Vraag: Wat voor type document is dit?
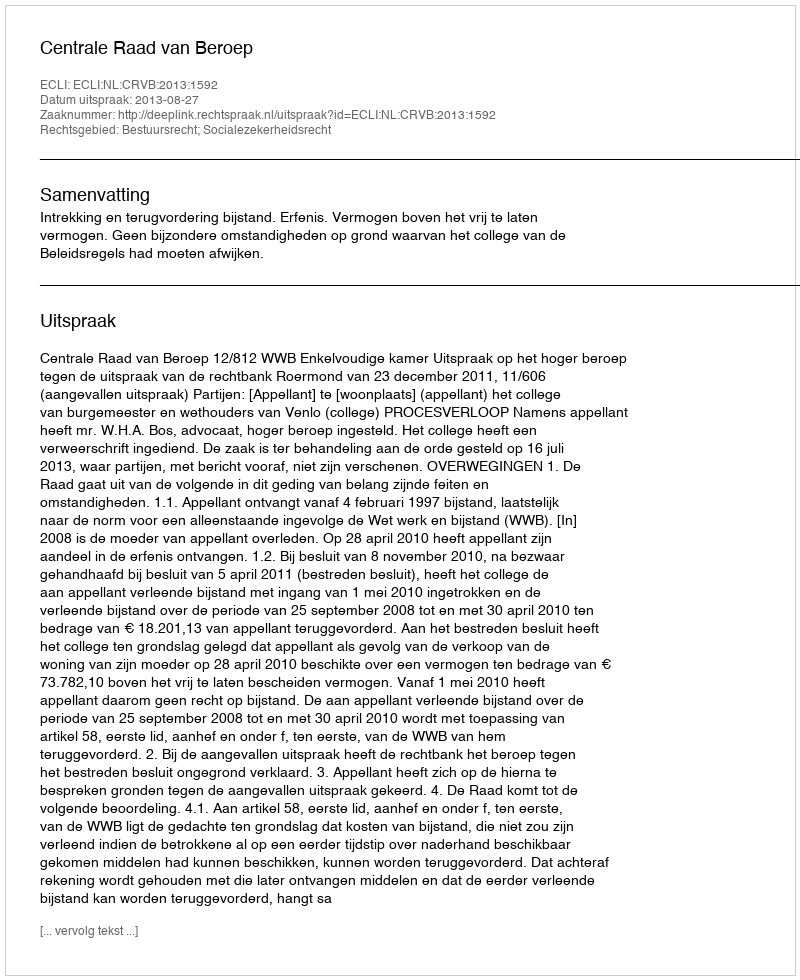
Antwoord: Uitspraak